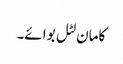
کامان لٹل بوائے۔